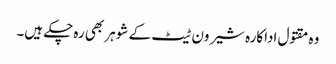
وہ مقتول اداکارہ شیرون ٹیٹ کے شوہر بھی رہ چکے ہیں۔